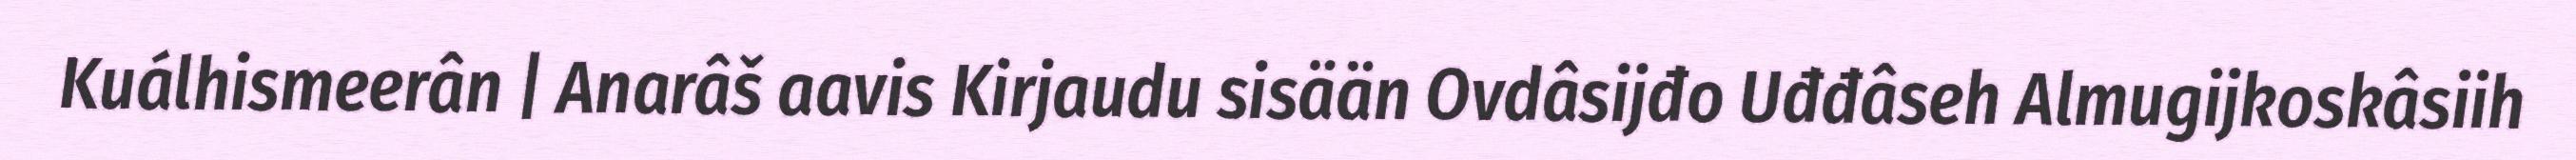
Kuálhismeerân | Anarâš aavis Kirjaudu sisään Ovdâsijđo Uđđâseh Almugijkoskâsiih